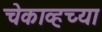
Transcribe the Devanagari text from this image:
चेकाव्हच्या